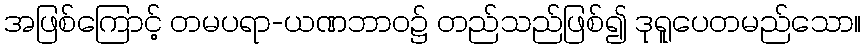
အဖြစ်ကြောင့် တမပရာ-ယဏဘာဝ၌ တည်သည်ဖြစ်၍ ဒုရူပေတမည်သော။